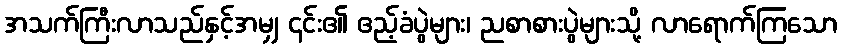
အသက်ကြီးလာသည်နှင့်အမျှ ၎င်း၏ ဧည့်ခံပွဲများ၊ ညစာစားပွဲများသို့ လာရောက်ကြသော